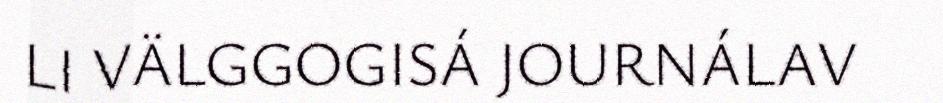
LI VÄLGGOGISÁ JOURNÁLAV